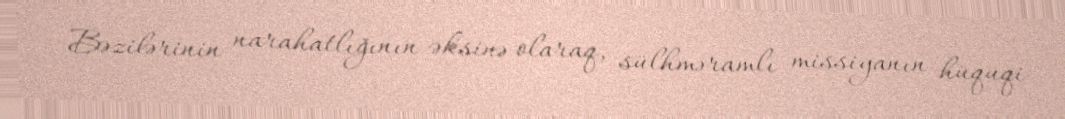
Bəzilərinin narahatlığının əksinə olaraq, sülhməramlı missiyanın hüquqi